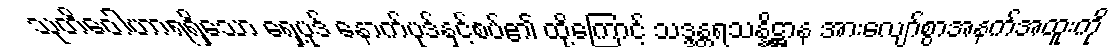
သုတိဝေါဟာရရှိသော ရှေ့ပုဒ် နောက်ပုဒ်နှင့်စပ်၏ ထို့ကြောင့် သဒ္ဒန္တရသန္နိဋ္ဌာန အားလျော်စွာအနက်အထူးကို